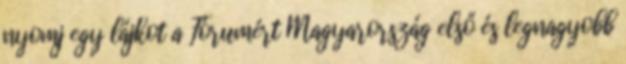
nyomj egy lájkot a Fórumért Magyarország első és legnagyobb